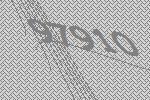
97910